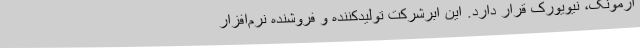
آرمونک، نیویورک قرار دارد. این ابرشرکت تولیدکننده و فروشنده نرم‌افزار